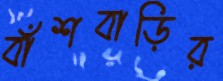
বাঁশবাড়ির